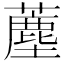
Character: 薼